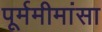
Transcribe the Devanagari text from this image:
पूर्ममीमांसा